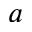
^ a